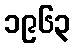
၁၉၆၃